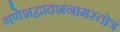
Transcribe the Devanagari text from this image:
गणेशद्वादशनामस्तोत्रं